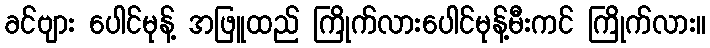
ခင်ဗျား ပေါင်မုန့် အဖြူထည် ကြိုက်လားပေါင်မုန့်မီးကင် ကြိုက်လား။